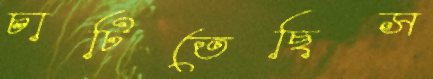
চাটিতেছিস